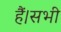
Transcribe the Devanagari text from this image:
हैं।सभी